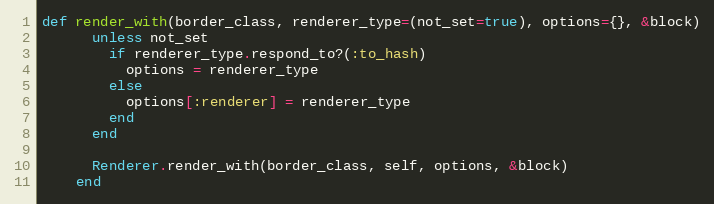
Language: Ruby
def render_with(border_class, renderer_type=(not_set=true), options={}, &block)
      unless not_set
        if renderer_type.respond_to?(:to_hash)
          options = renderer_type
        else
          options[:renderer] = renderer_type
        end
      end

      Renderer.render_with(border_class, self, options, &block)
    end